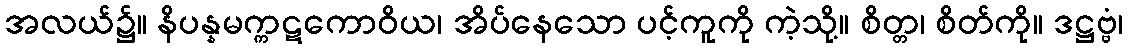
အလယ်၌။ နိပန္နမက္ကဋကောဝိယ၊ အိပ်နေသော ပင့်ကူကို ကဲ့သို့။ စိတ္တ၊ စိတ်ကို။ ဒဋ္ဌဗ္ဗံ၊